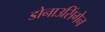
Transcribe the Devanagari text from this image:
डोनाउसिंगेन